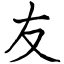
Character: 友